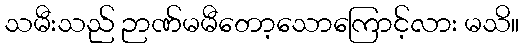
သမီးသည် ဉာဏ်မမီတော့သောကြောင့်လား မသိ။